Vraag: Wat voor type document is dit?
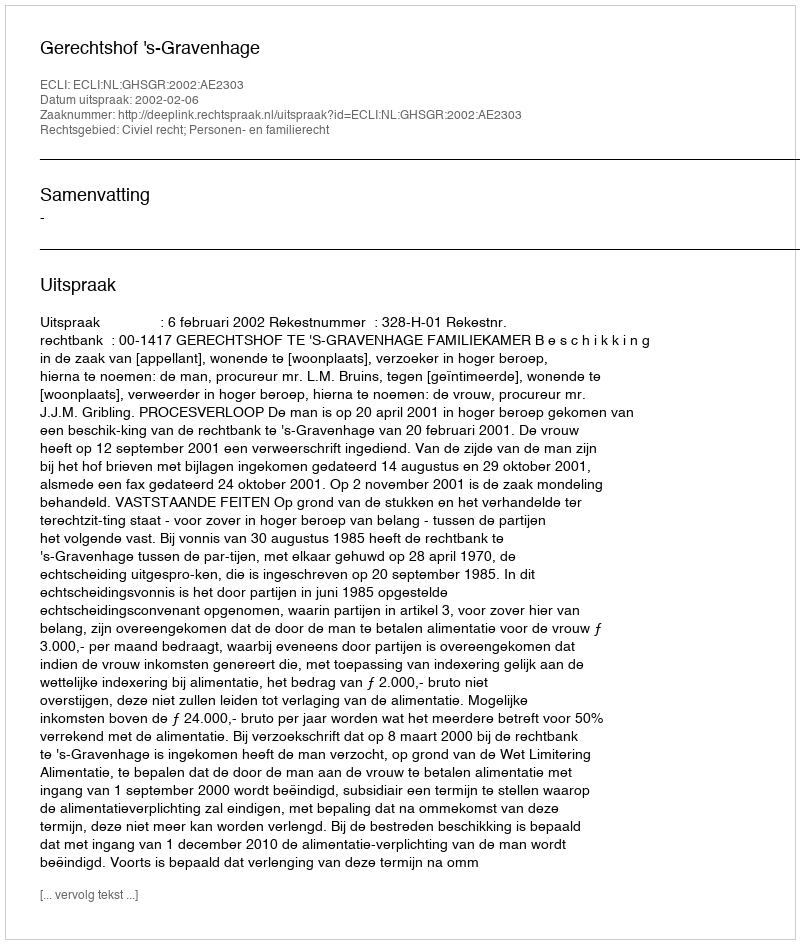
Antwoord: Uitspraak